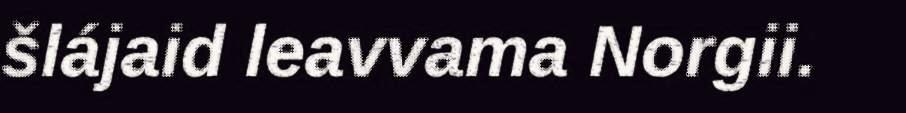
šlájaid leavvama Norgii.